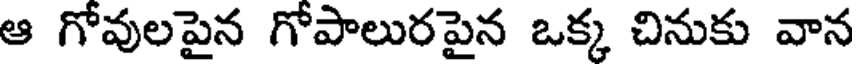
ఆ గోవులపైన గోపాలురపైన ఒక్క చినుకు వాన